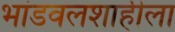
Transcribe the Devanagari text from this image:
भांडवलशाहीला